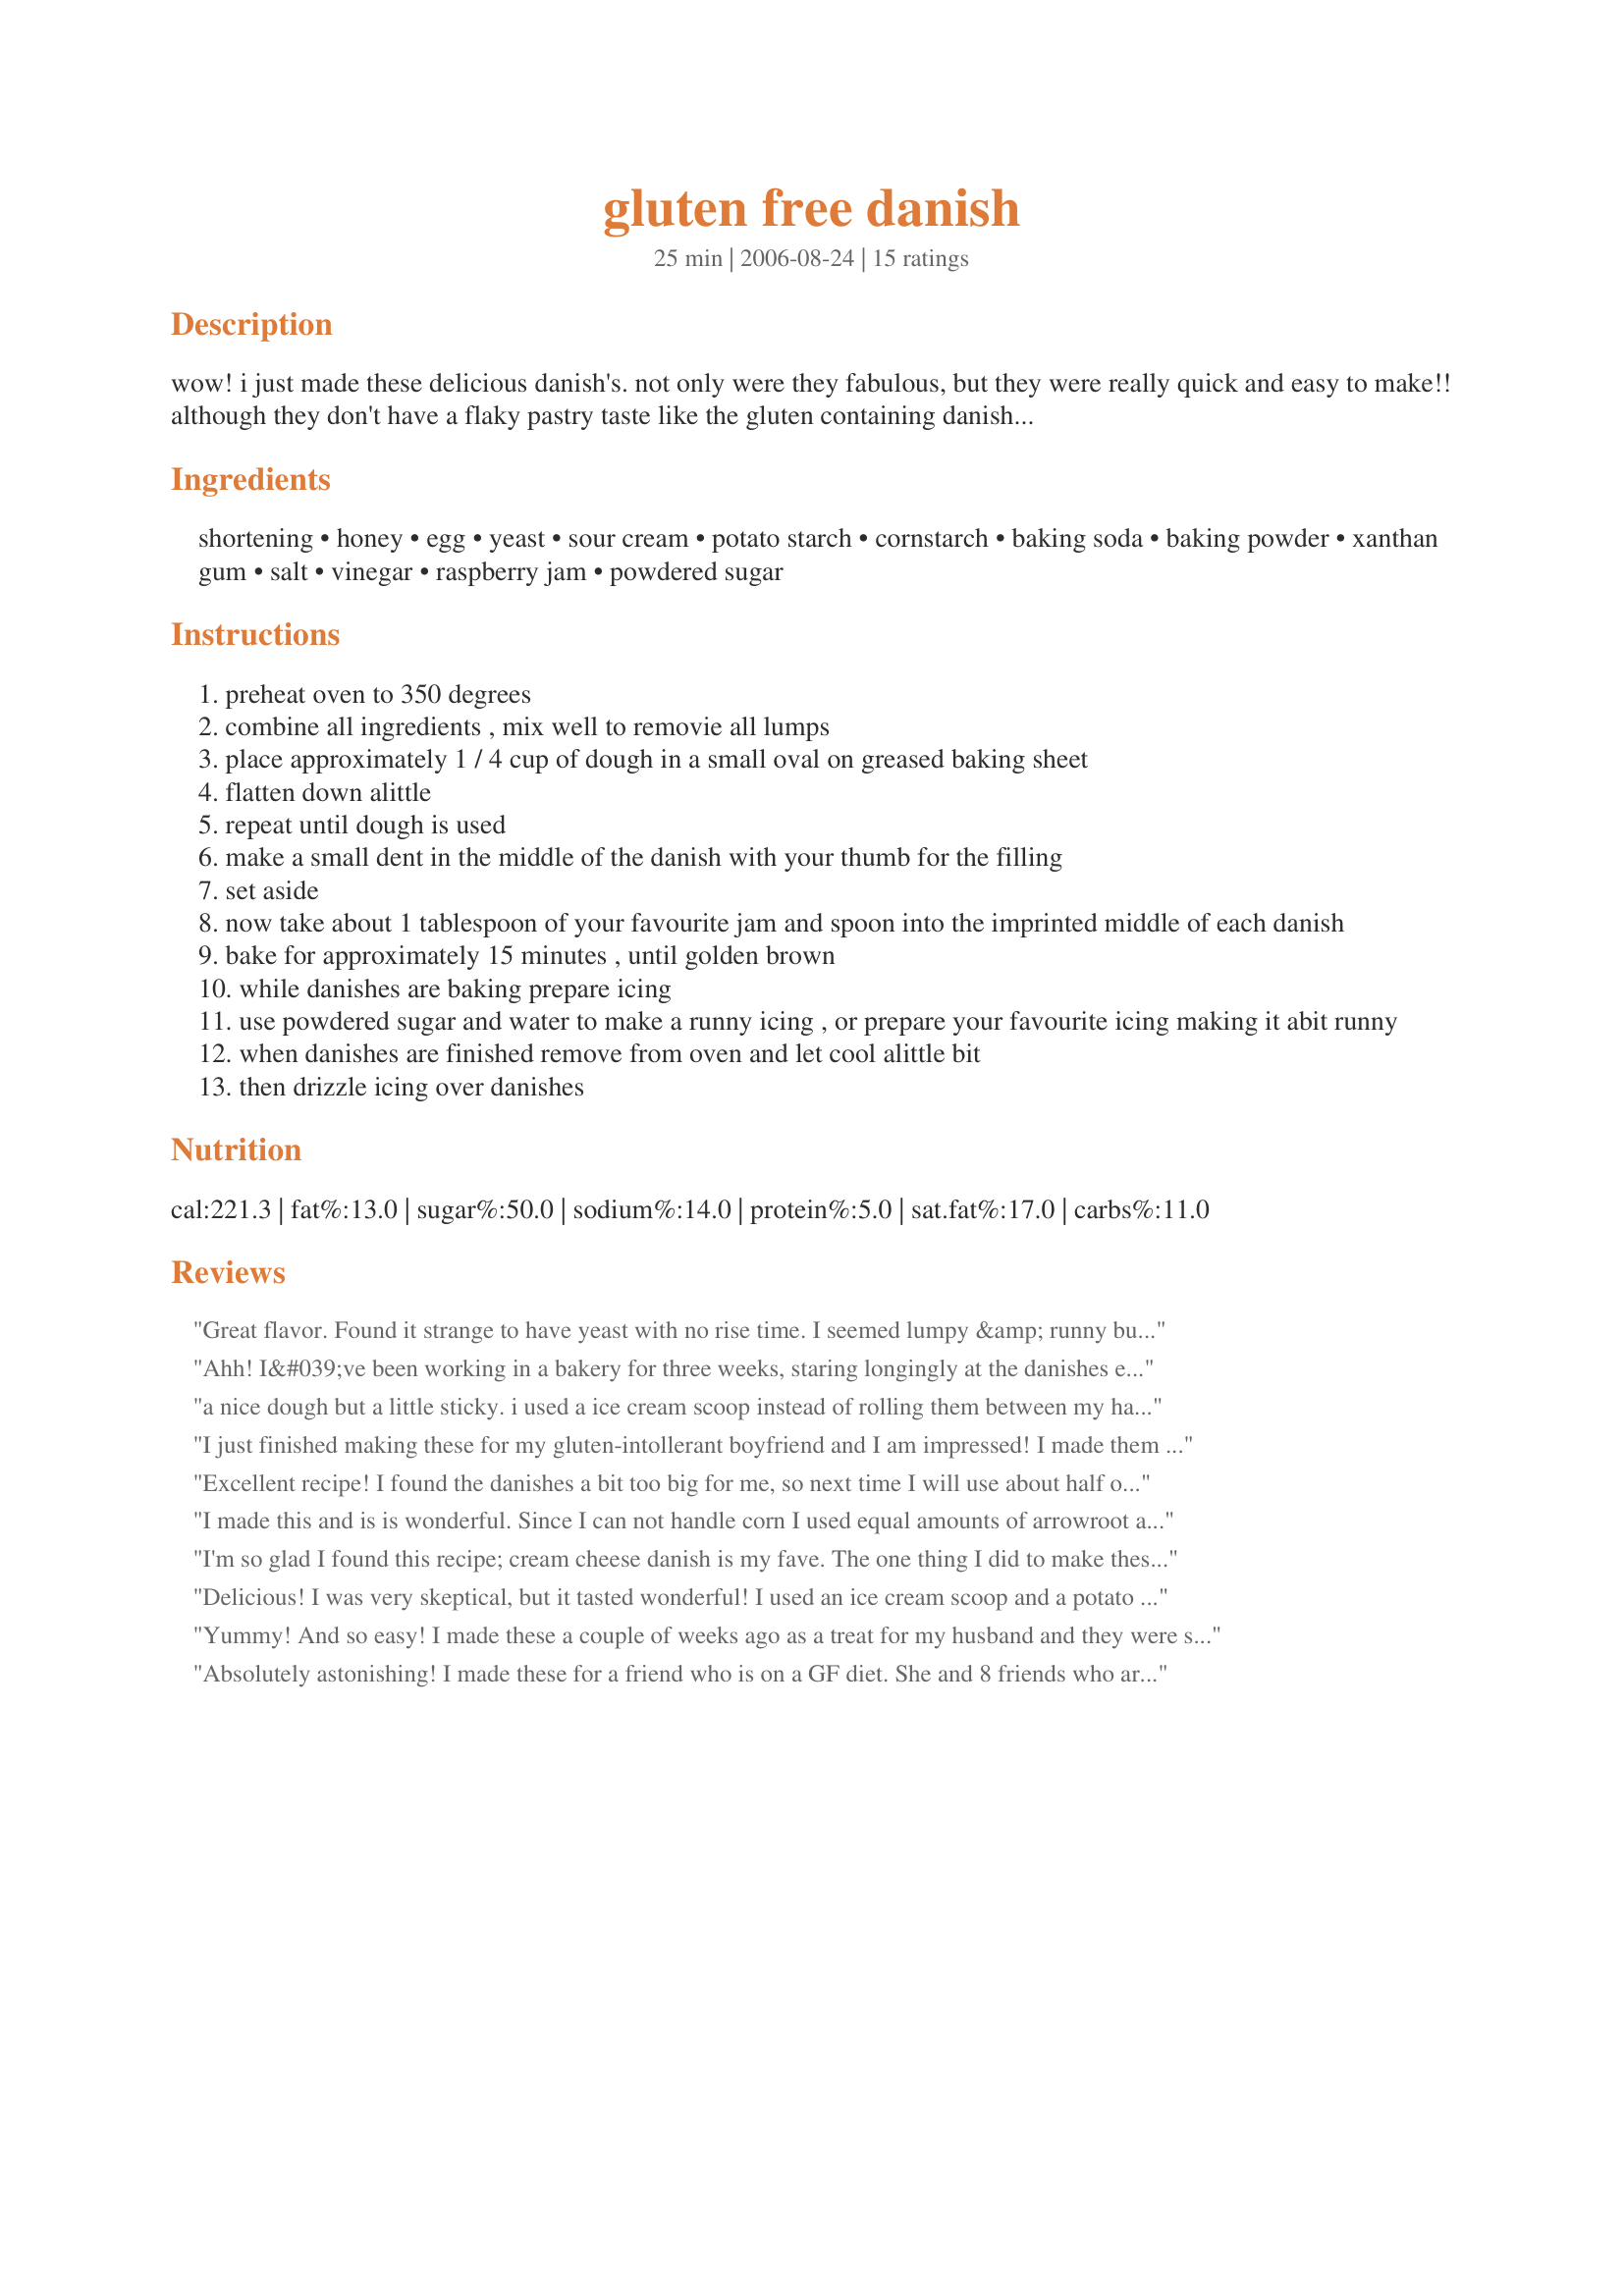
gluten free danish
Preparation time: 25 minutes

wow! i just made these delicious danish's. not only were they fabulous, but they were really quick and easy to make!! although they don't have a flaky pastry taste like the gluten containing danish's, they have their own little marvalous taste.you won't be able to eat just one! you can make these with your favourite jam. i used a tablespoon of raspberry jam on each danish and drizzled some icing on top.

Ingredients:
shortening, honey, egg, yeast, sour cream, potato starch, cornstarch, baking soda, baking powder, xanthan gum, salt, vinegar, raspberry jam, powdered sugar

Steps:
preheat oven to 350 degrees
combine all ingredients , mix well to removie all lumps
place approximately 1 / 4 cup of dough in a small oval on greased baking sheet
flatten down alittle
repeat until dough is used
make a small dent in the middle of the danish with your thumb for the filling
set aside
now take about 1 tablespoon of your favourite jam and spoon into the imprinted middle of each danish
bake for approximately 15 minutes , until golden brown
while danishes are baking prepare icing
use powdered sugar and water to make a runny icing , or prepare your favourite icing making it abit runny
when danishes are finished remove from oven and let cool alittle bit
then drizzle icing over danishes

Reviews:
Great flavor. Found it strange to have yeast with no rise time. I seemed lumpy &amp; runny but it worked out great. Am trying a rise with the second batch just to see how it works out.
Ahh! I&#039;ve been working in a bakery for three weeks, staring longingly at the danishes each day. These totally hit the spot, and they were easy, and they used ingredients I had on hand. That&#039;s awesome in and of itself. They remind me of the prepackaged danishes, the fluffier ones, and I mean that in a really good way. Thanks so much for sharing such a fabulous recipe - Sunday mornings will be so much better!
a nice dough but a little sticky. i used a ice cream scoop instead of rolling them between my hands. the end product was nice and soft and kept really well covered with barely a hint of the gluten free chewy texture the next day. i'll make them again for a nice treat.
I just finished making these for my gluten-intollerant boyfriend and I am impressed! I made them exactly as listed and the resulting danish is light, soft, and perfectly sweetened. I used strawberry jam, as that is BF's favorite. I can't wait to play with this recipe, as I think the dough could make a great savory biscuit as well!
Excellent recipe! I found the danishes a bit too big for me, so next time I will use about half of the dough for each to make them smaller. I also found that spraying my hands and fingers with non-stick cooking spray helped me for them without making a huge mess.
I made this and is is wonderful. Since I can not handle corn I used equal amounts of arrowroot and it worked just great. I also used rapid rise yeast.

This one will be on my company list from now on.
I'm so glad I found this recipe; cream cheese danish is my fave. The one thing I did to make these from great to WOW - I swapped the 1/4 cup of potato starch for rice flour or another flour such as sorghum. They were less gummy this way. I used the back of a wet spoon to make a crater in the middle of the danish. More room to hold all the yummy filling. This is a keeper recipe.
Delicious! I was very skeptical, but it tasted wonderful! I used an ice cream scoop and a potato starched finger to make an indention. I used about 4 oz. cream cheese and 2 Tbls. sugar and a splash of vanilla. Yum! Also, added almond extract to the icing. Will absolutely be making this again!
Yummy! And so easy! I made these a couple of weeks ago as a treat for my husband and they were so well-received that they were requested for Christmas breakfast. I made them into cheese danishes with some sweetened Neufchatel cheese and a dollop of blueberry or strawberry fruit spread. So good!
Absolutely astonishing! I made these for a friend who is on a GF diet. She and 8 friends who are not on a GF diet gave them 5 stars. I did find that putting the jam in the center after they had baked for half the time worked much better than putting it on at first.
These were good. I do believe this is a Roben Ryberg recipe and most of her recipes have too much xanthan gum for my taste so I reduced it by half. The danish did spread more but they were very good. I would use butter next time and maybe add some vanilla because it did seem like something was missing in flavor. I used super fine thai rice flour and millet for all the cornstarch and potato starch and they were very tender. This recipe is very forgiving if you have to substitute starches or flours.
As far as a GF Danish, these are pretty good. I am not the one with the intolerance so am trying different things for my DD for Christmas when she's home. They spread quite a bit and the jam fell to bottom but all in all for a GF recipe, I think she's going to like them.
Pretty good for a gluten free pastry! The texture is very close to "regular" danish. The only thing I might try different next time is to use either grated lemon zest or lemon extrat in the batter for a lemon/raspberry danish - as they are they taste a bit yeasty, and adding lemon flavor may help with that. I made them exactly as listed above, except I did what another reviewer suggested and added the jam halfway through bake time. My only real other advice is to make sure you follow the directions to mix well and remove lumps, as the cornstarch/potato starch can get lumpy. This recipe is definitely a keeper!
Pretty easy to make, I subbed arrowroot for the corn starch. Light and springy- not quite the flaky you'll get from a gluten-laden sugared creation from a bakery, but a good substitute. I would've liked the dough to be a bit sweeter, my kiddos who are 4 and 2 ate them though, and half the time they won't eat GF goodies (even though I'm fairly certain the 4 yo has gluten intolerances), so I consider this recipe a win!
I'm surprised you don't credit the cookbook you got this recipe from. I have the same recipe. Shameful taking credit for someone else's work.
